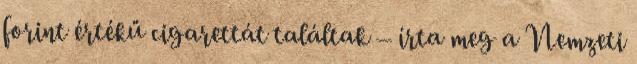
forint értékű cigarettát találtak – írta meg a Nemzeti